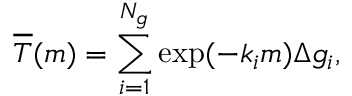
\overline { { T } } ( m ) = \sum _ { i = 1 } ^ { N _ { g } } \exp ( - k _ { i } m ) \Delta g _ { i } ,